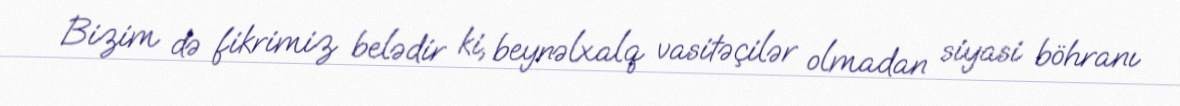
Bizim də fikrimiz belədir ki, beynəlxalq vasitəçilər olmadan siyasi böhranı